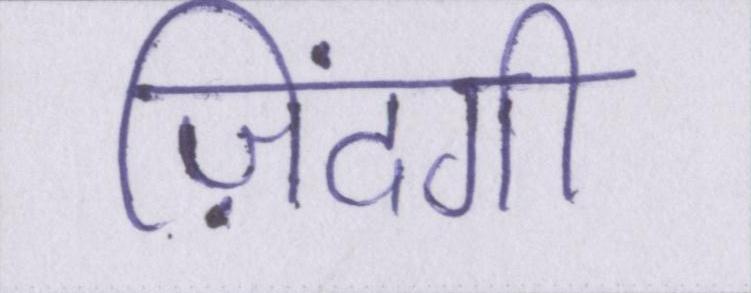
ज़िंदगी